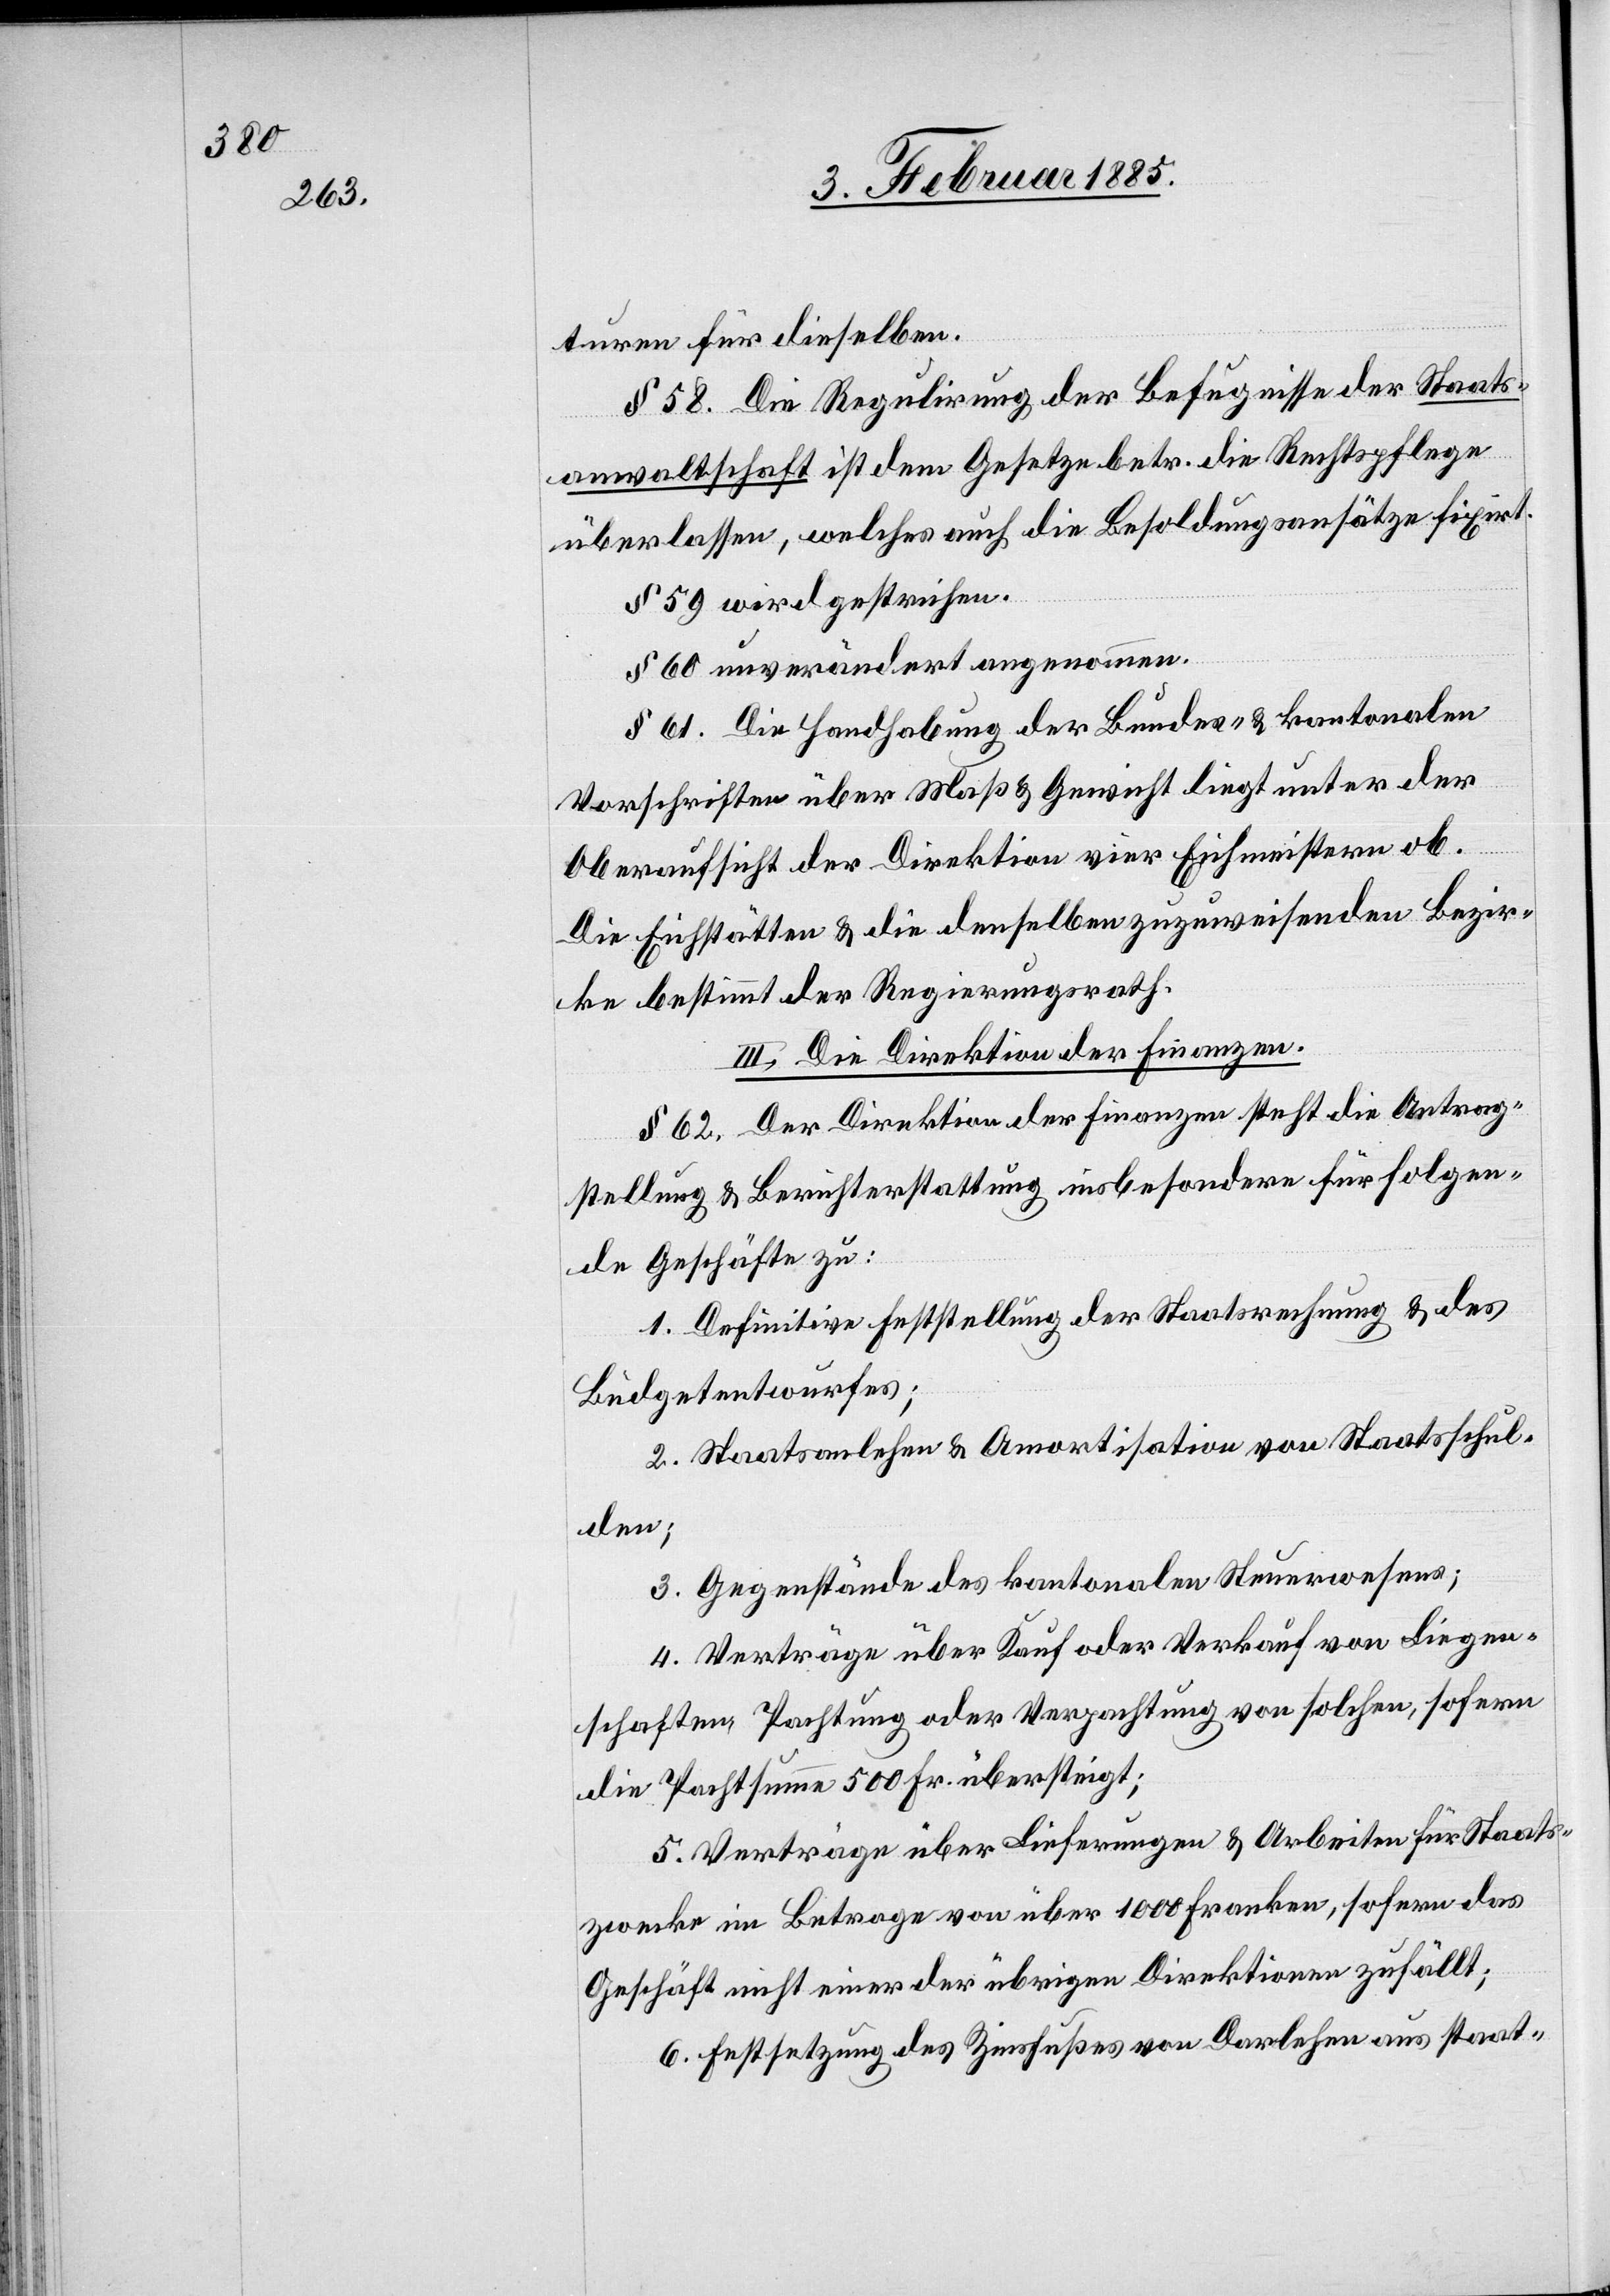
turen für dieselben.
§ 58. Die Regulirung der Befugnisse der Staats¬
anwaltschaft ist dem Gesetze betr. die Rechtspflege
überlassen, welches auch die Besoldungsansätze fixirt.
§ 59. wird gestrichen.
§ 60. unverändert angenommen.
§ 61. Die Handhabung der Bundes- & kantonalen
Vorschriftenüber Maß & Gewicht liegt unter der
Oberaufsicht der Direktion vier Eichmeistern ob.
Die Eichstätten & die denselben zuzuweisenden Bezir¬
ke bestimmt der Regierungsrath.
III. Die Direktion der Finanzen.
§ 62. Der Direktion der Finanzen steht die Antrag¬
stellung & Berichterstattung insbesondere für folgen¬
de Geschäfte zu:
1. Definitive Feststellung der Staatsrechnung & des
Büdgetentwurfes;
2. Staatsanlehen & Amortisation von Staatsschul¬
den;
3. Gegenstände des kantonalen Steuerwesens;
4. Verträge über Kauf oder Verkauf von Liegen¬
schaften, Pachtung oder Verpachtung von solchen, sofern
die Pachtsumme 500 Fr. übersteigt;
5. Verträge über Lieferungen & Arbeiten für Staats¬
zwecke im Betrage über 1000 Franken, sofern das
Geschäft nicht einer der übrigen Direktionen zufällt;
6. Festsetzung des Zinsfußes von Darlehen aus staat-